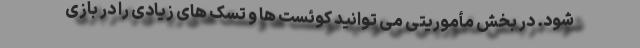
شود. در بخش مأموریتی می توانید کوئست ها و تسک های زیادی را در بازی